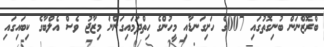
ބްރޮޒްނަން ބުނިގޮތުގައި 007ގެ ހަށިގަނޑާއި މީހުންގެ ހިތްދަމައިގަންނަ މިޒާޖު ވެސް އެލްބާގެ ކިބައިގައި